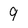
Character: 9